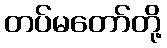
တပ်မတော်တို့